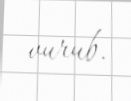
vurub.